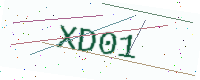
Text: XD01